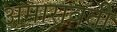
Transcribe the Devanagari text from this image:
अमारावती